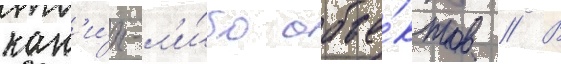
как'и́х-л'и́бо объе́ктов // В